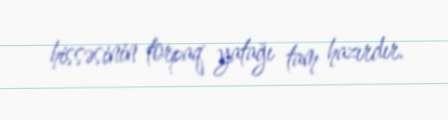
hissəsinin torpaq yatağı tam hazırdır.